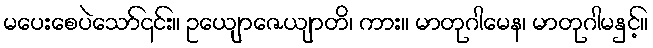
မပေးစေပဲသော်၎င်း။ ဥယျောဇေယျာတိ၊ ကား။ မာတုဂါမေန၊ မာတုဂါမနှင့်။